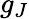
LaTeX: g_{J}